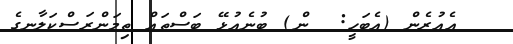
އެއުރެން (އެބަހީ:  ން) ބުނެއުޅޭ ބަސްތައް ތިމަންރަސްކަލާނގެ